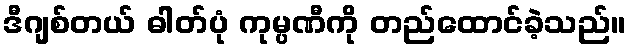
ဒီဂျစ်တယ် ဓါတ်ပုံ ကုမ္ပဏီကို တည်ထောင်ခဲ့သည်။